kultuurilooline_kollektsioon, lk 25
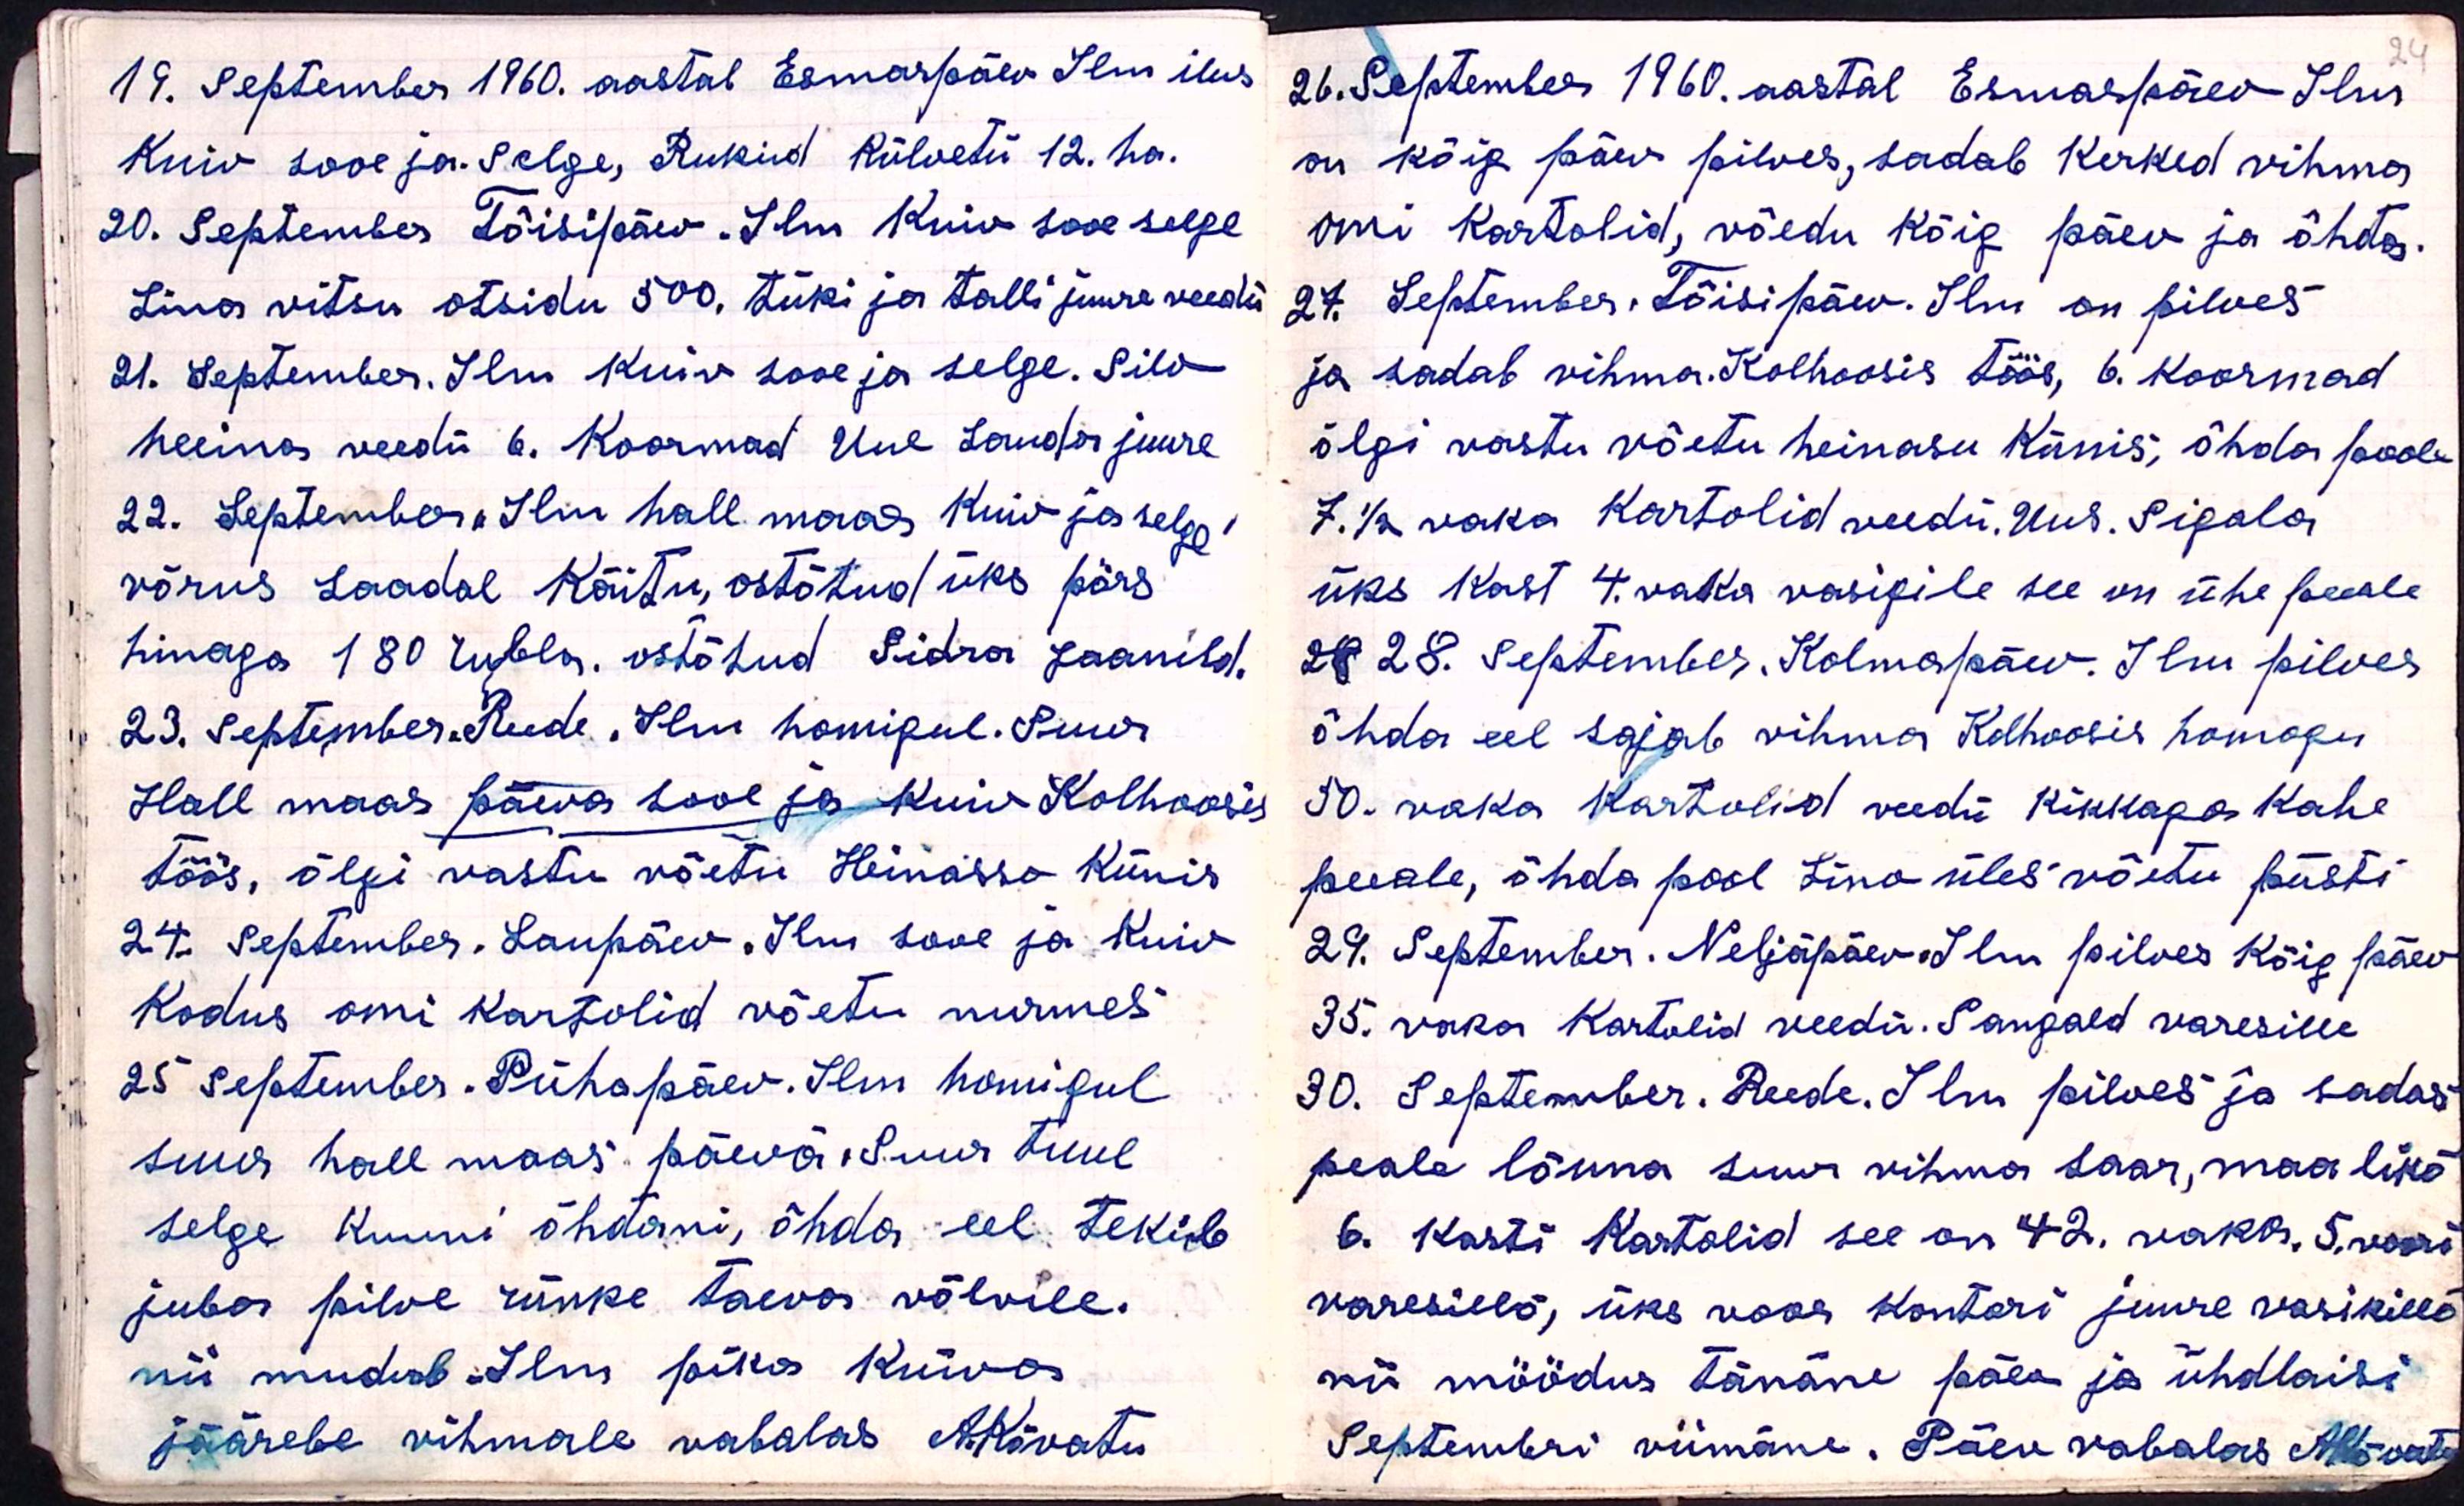
24

19. September 1960. aastal Esmaspäev. Ilm ilus
Kuiv sooe ja. Selge, Rukid Külvetü 12. ha.
20. September Tõisipäev. Ilm kuiv sooe selge
Lina vitsu otsidu 500. tüki ja talli juure veedü
21. September. Ilm kuiv sooe ja selge. Silo
heina veedü 6. Koormad Uue Lauda juure
22. September. Ilm hall maas kuiv ja selge
võrus Laadal käitu, ostõtud üks pörs
hinaga 180 rubla, ostõtud Sidra Jaanild.
23. September. Reede. Ilm homigul. Suur
Hall maas päeva sooe ja kuiv Kolhoosis
töös, õlgi vastu võetu Heinasso künis
24. September. Laupäev. Ilm sooe ja kuiv
kodus omi kartolid võetu nurmes
25 september. Pühapäev. Ilm homigul
suur hall maas päevä. Suur tuul
selge kuni õhdani, õhda eel tekib
juba pilve rünke taeva võlvile.
nii, mudub. Ilm pika kuiva
jäärele vihmale vabalas A.Kõvatu

26. Septembril 1960. aastal Esmaspäev Ilm
on kõig päev pilves, sadab kerked vihma
omi kartolid, võedu kõig päev ja õhta.
27. September. Tõisipäev. Ilm on pilves
ja sadab vihma. Kolhoosis töös, 6. koormad
õlgi vastu võetu heinasu künis, õhda poole
7. 1/2 vaka kartolid veedü. Uus. Sigala
üks kast 4. vaka vasigile see on ühe peale
28. September. Kolmapäev. Ilm pilves
õhda eel sajab vihma Kolhoosis homogu
50. vaka kartolid veedü kikkaga kahe
peeale, õhda pool Lino üles võetu püsti
29. September. Neljäpäev. Ilm pilves Kõig päev
35. vaka kartulid veedü. Sangald varesille
30. September. Reede. Ilm pilves ja sadas
peale lõuna suur vihma Laar, maa likõ
6. kasti Kartolid see on 42. vaka. 5. voori
varesillö, üks voor kontori juurde vasikillö
nii möödus tänäne päev ja ühdlaisi
Septembri viimäne. Päev vabalas A.Kõvatu